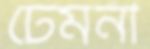
ঢেমনী